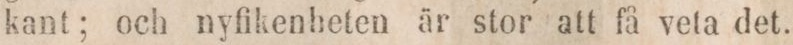
kant; och nyfikenheten är stor att få veta det.